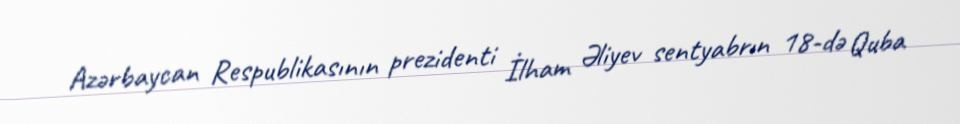
Azərbaycan Respublikasının prezidenti İlham Əliyev sentyabrın 18-də Quba